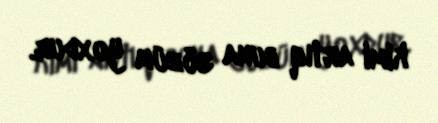
kimi artıq buna sözüm yoxdur.